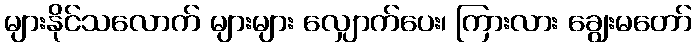
များနိုင်သလောက် များများ လျှောက်ပေး၊ ကြားလား ချွေးမတော်